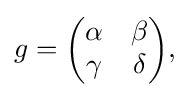
\displaystyle {g={\begin{pmatrix}\alpha &\beta \\\gamma &\delta \end{pmatrix}},}